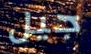
جيل